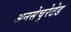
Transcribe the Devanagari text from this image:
अनसेचुरेटेड